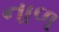
નાળ